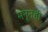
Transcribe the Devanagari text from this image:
मनूनही